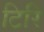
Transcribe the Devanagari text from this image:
टिरि